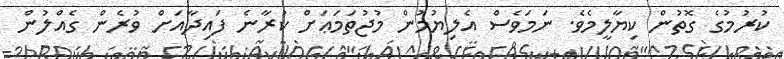
ކުރުމުގެ ގޮތުން ކިޔާލީމެވެ. ނަމަވެސް އެލިޔުމުން މުޖުތަމަޢަށް ކުރާނެ ފައިދާއަށް ވުރެން ގެއްލުން